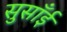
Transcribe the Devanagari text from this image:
सुसाँई